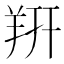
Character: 𬙲